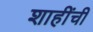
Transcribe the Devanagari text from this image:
शाहींची